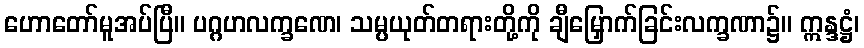
ဟောတော်မူအပ်ပြီ။ ပဂ္ဂဟလက္ခဏေ၊ သမ္ပယုတ်တရားတို့ကို ချီမြှောက်ခြင်းလက္ခဏာ၌။ ဣန္ဒဋ္ဌံ၊